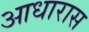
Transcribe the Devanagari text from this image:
आधारास